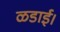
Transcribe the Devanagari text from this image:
ळडाई।